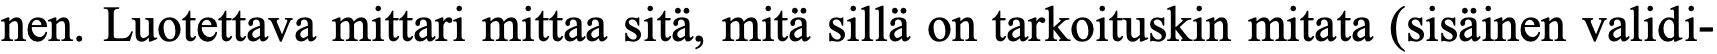
nen. Luotettava mittari mittaa sitä, mitä sillä on tarkoituskin mitata (sisäinen validi-